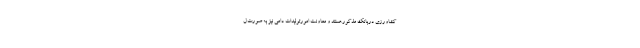
کشاورزی دربانک مذکورهستند و معاونت امورتولیدات دامی نیز به صورت ل